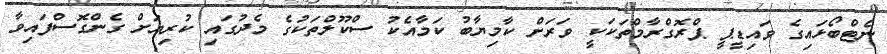
ނެޓްބޯޅައިގެ ވައިޑީޕީ ޕްރޮގްރާމްތަކަކީ ވަރަށް ކާމިޔާބު ކަމާއެކު ސްކޫލްތަކުގެ މެދުގައި ކުރިޔަށް ގެންގޮސްފައިވާ